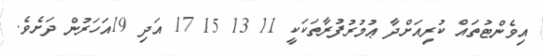
އިވެންޓުތައް ކުރިއަށްދާ ޢުމުރުފުރާތަކަކީ 11 13 15 17 އަދި 19އަހަރުން ދަށެވެ.